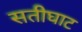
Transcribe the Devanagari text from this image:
सतीघाट